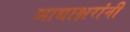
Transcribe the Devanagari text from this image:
आद्याक्षरांनी